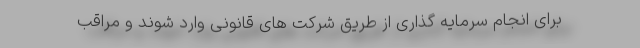
برای انجام سرمایه گذاری از طریق شرکت های قانونی وارد شوند و مراقب